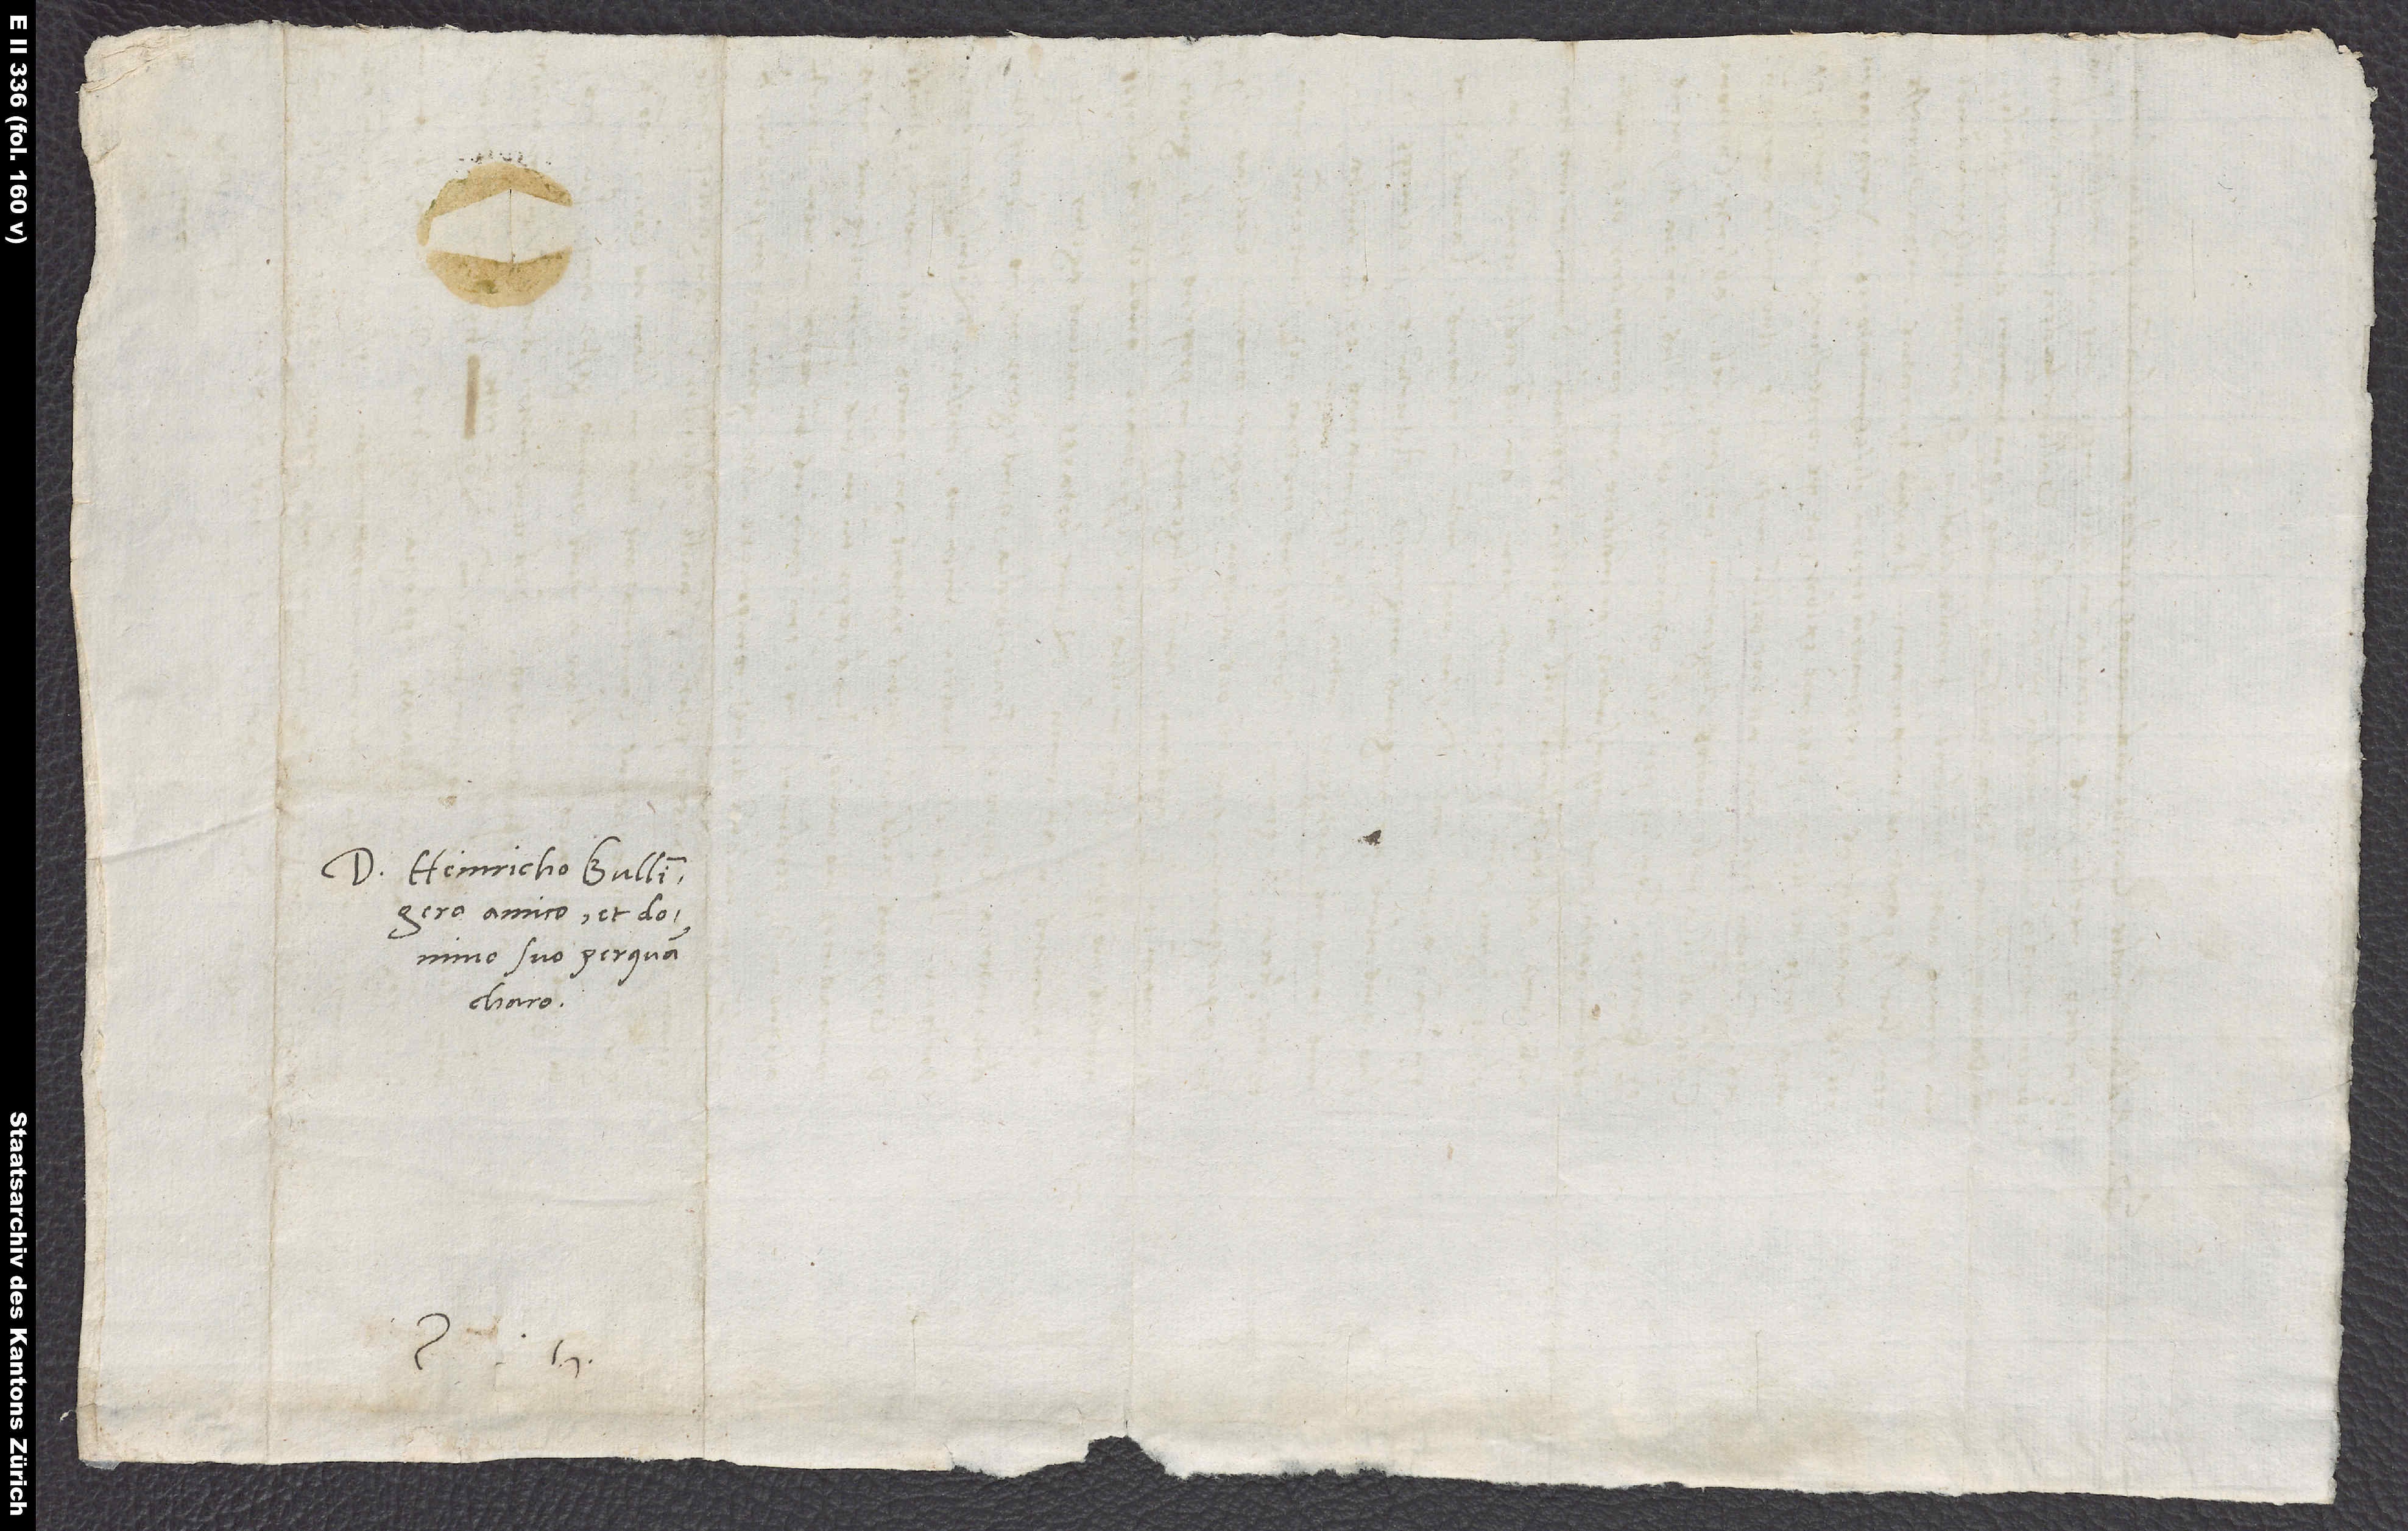
Domino Heinricho Bullingero,
amico et domino
suo perquam
charo.
S.